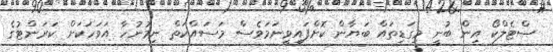
ސްޓެލްކޯ އިން ބުނީ މިގަޑިތައް ބަޔާން ކޮށްފައިވީނަމަވެސް މަސައްކަތް ނިމުނުހާ އަވަހަކަށް ކަރަންޓުގެ